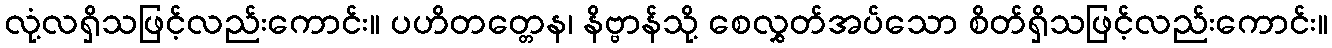
လုံ့လရှိသဖြင့်လည်းကောင်း။ ပဟိတတ္တေန၊ နိဗ္ဗာန်သို့ စေလွှတ်အပ်သော စိတ်ရှိသဖြင့်လည်းကောင်း။